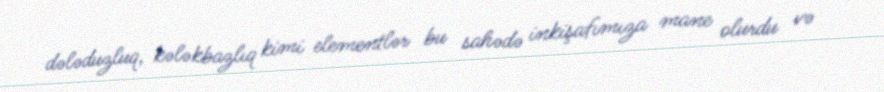
dələduzluq, kələkbazlıq kimi elementlər bu sahədə inkişafımıza mane olurdu və